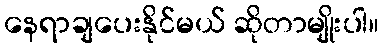
နေရာချပေးနိုင်မယ် ဆိုတာမျိုးပါ။